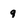
Character: 9